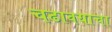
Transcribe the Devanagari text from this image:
चढावयाचा